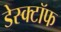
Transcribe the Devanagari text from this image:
डेस्क्टॉफ